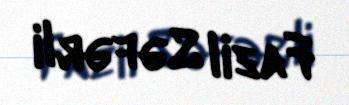
Fazil Səfərli